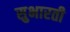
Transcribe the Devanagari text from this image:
सुभारती